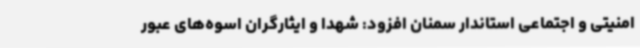
امنیتی و اجتماعی استاندار سمنان افزود: شهدا و ایثارگران اسوه‌های عبور